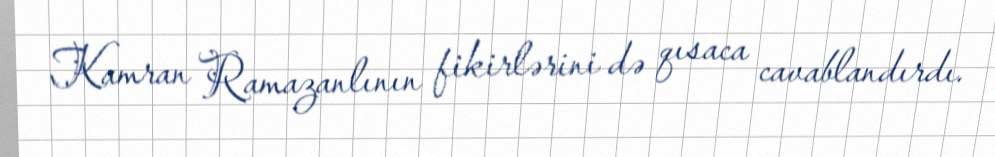
Kamran Ramazanlının fikirlərini də qısaca cavablandırdı.